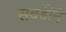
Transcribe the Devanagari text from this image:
सवडीने